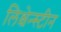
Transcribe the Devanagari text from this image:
लिश्चेन्स्टीन